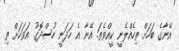
އޭނާގެ ބަހަށް ތިހެއްލެނީ ކީއްވެތަ. އޭނާ އެ ހަދަނީ ހުސްދޮގު. އަވަހަށް ތި